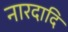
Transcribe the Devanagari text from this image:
नारदादि